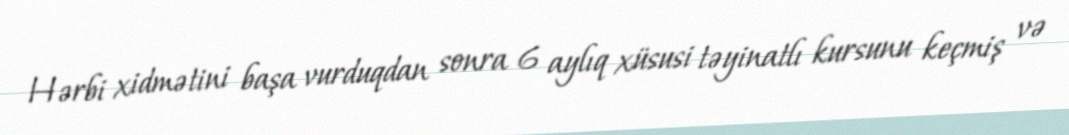
Hərbi xidmətini başa vurduqdan sonra 6 aylıq xüsusi təyinatlı kursunu keçmiş və